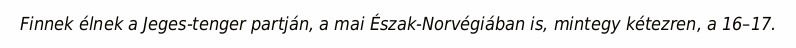
Finnek élnek a Jeges-tenger partján, a mai Észak-Norvégiában is, mintegy kétezren, a 16–17.